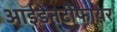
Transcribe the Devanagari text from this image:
आईडेनटीफायर